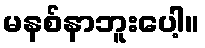
မနစ်နာဘူးပေါ့။